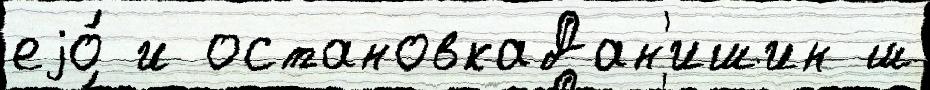
еjо́ и остановкаДан'ишин ш